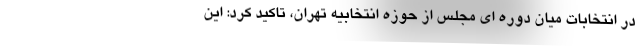
در انتخابات میان دوره ای مجلس از حوزه انتخابیه تهران، تاکید کرد: این